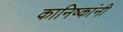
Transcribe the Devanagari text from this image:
कानिष्कांनी